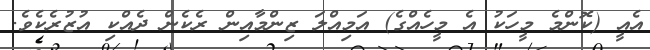
އެއީ (ކޮންމެ މީހަކު އެ މީހެއްގެ) އަމިއްލަ ޒިންމާއިން ރެކެން ދެއްކި އުޒުރެކެވެ.